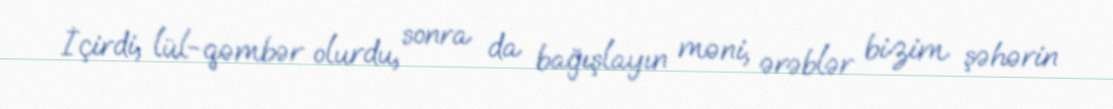
İçirdi, lül-qəmbər olurdu, sonra da bağışlayın məni, ərəblər bizim şəhərin